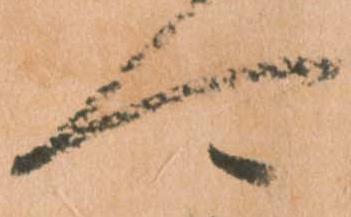
可